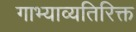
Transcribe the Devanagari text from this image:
गाभ्याव्यतिरिक्त